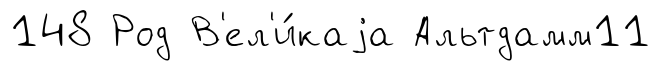
148 Род В'ел'и́каjа Альтдамм11